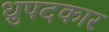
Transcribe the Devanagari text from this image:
ध्रुपदकार